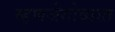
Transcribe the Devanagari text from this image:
म्हणजेगोव्यात